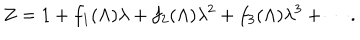
Z = 1 + f _ { 1 } ( \Lambda ) \lambda + f _ { 2 } ( \Lambda ) \lambda ^ { 2 } + f _ { 3 } ( \Lambda ) \lambda ^ { 3 } + \cdots .